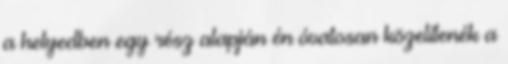
a helyedben egy rész alapján én óvatosan közelítenék a